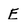
Character: E